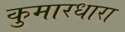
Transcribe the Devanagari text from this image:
कुमारधारा